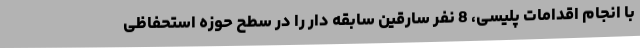
با انجام اقدامات پلیسی، 8 نفر سارقین سابقه دار را در سطح حوزه استحفاظی